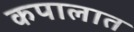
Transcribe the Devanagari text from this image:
कपालात